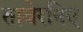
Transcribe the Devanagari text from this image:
तावेरनिए